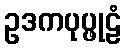
ဥဒကပုပ္ဖုဠံ